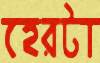
হেরটা